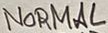
Text: NORMAL